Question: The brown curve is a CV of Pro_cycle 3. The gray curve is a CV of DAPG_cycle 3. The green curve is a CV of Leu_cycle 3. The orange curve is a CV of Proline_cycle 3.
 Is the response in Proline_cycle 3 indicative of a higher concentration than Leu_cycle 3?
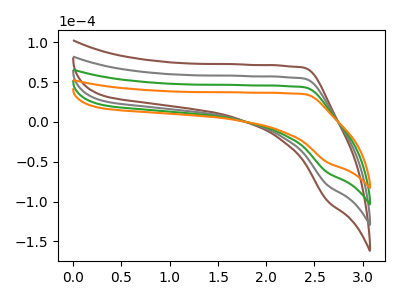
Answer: <think>The brown curve "Pro_cycle 3" has no peaks. The gray curve "DAPG_cycle 3" has no peaks. The green curve "Leu_cycle 3" has no peaks. The orange curve "Proline_cycle 3" has no peaks.
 Neither "Proline_cycle 3" or "Leu_cycle 3" have any peaks.</think>
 <answer>I cant tell if "Proline_cycle 3" or "Leu_cycle 3" has more signal.</answer>
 <eval>mixed_signal</eval>